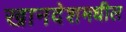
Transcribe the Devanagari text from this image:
खानदेशमधील